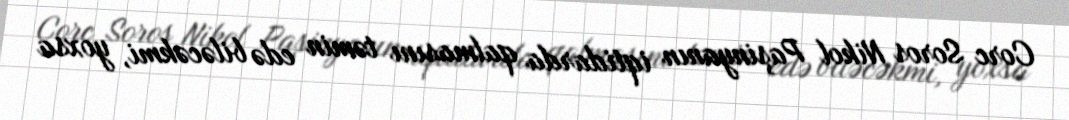
Corc Soros Nikol Paşinyanın iqtidarda qalmasını təmin edə biləcəkmi, yoxsa